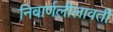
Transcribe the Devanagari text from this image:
निवार्णलीलावती